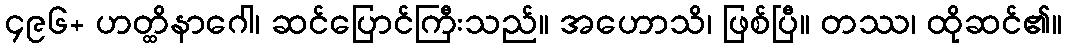
၄၉၆+ ဟတ္ထိနာဂေါ၊ ဆင်ပြောင်ကြီးသည်။ အဟောသိ၊ ဖြစ်ပြီ။ တဿ၊ ထိုဆင်၏။